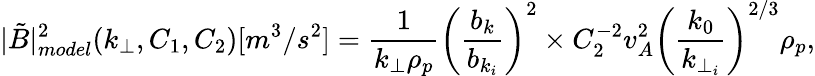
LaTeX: |\tilde{B}|_{model}^{2}(k_{\perp},C_{1},C_{2})[m^{3}/s^{2}]=\frac{1}{k_{\perp}\rho_{p}}\bigg(\frac{b_{k}}{b_{k_{i}}}\bigg)^{2}\times C_{2}^{-2}v_{A}^{2}\bigg(\frac{k_{0}}{k_{\perp_{i}}}\bigg)^{2/3}\rho_{p},